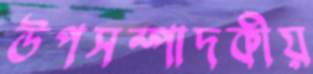
উপসম্পাদকীয়